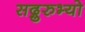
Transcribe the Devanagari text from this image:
सद्गुरुभ्यो